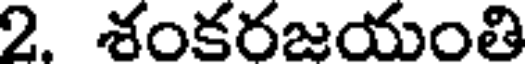
2. శంకరజయంతి